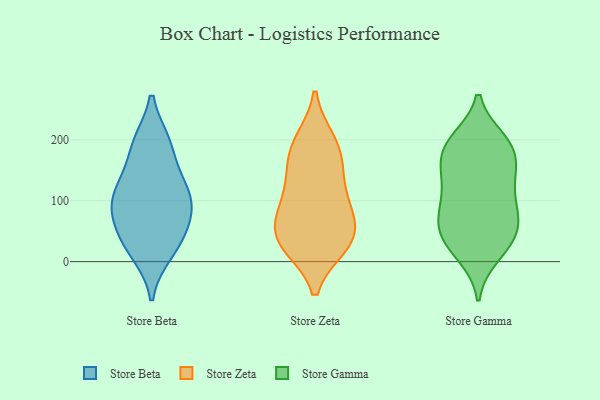
{"axis": {"x": "Net Income (USD K)", "y": "Value"}, "legend": ["Store Beta", "Store Gamma", "Store Zeta"], "data": [{"x": "", "y": 83, "type": "Store Beta"}, {"x": "", "y": 15, "type": "Store Beta"}, {"x": "", "y": 193, "type": "Store Beta"}, {"x": "", "y": 102, "type": "Store Beta"}, {"x": "", "y": 84, "type": "Store Beta"}, {"x": "", "y": 30, "type": "Store Beta"}, {"x": "", "y": 125, "type": "Store Beta"}, {"x": "", "y": 130, "type": "Store Beta"}, {"x": "", "y": 194, "type": "Store Beta"}, {"x": "", "y": 51, "type": "Store Beta"}, {"x": "", "y": 73, "type": "Store Zeta"}, {"x": "", "y": 26, "type": "Store Zeta"}, {"x": "", "y": 174, "type": "Store Zeta"}, {"x": "", "y": 91, "type": "Store Zeta"}, {"x": "", "y": 197, "type": "Store Zeta"}, {"x": "", "y": 138, "type": "Store Zeta"}, {"x": "", "y": 33, "type": "Store Zeta"}, {"x": "", "y": 109, "type": "Store Zeta"}, {"x": "", "y": 76, "type": "Store Zeta"}, {"x": "", "y": 26, "type": "Store Zeta"}, {"x": "", "y": 156, "type": "Store Zeta"}, {"x": "", "y": 30, "type": "Store Zeta"}, {"x": "", "y": 199, "type": "Store Zeta"}, {"x": "", "y": 50, "type": "Store Zeta"}, {"x": "", "y": 109, "type": "Store Gamma"}, {"x": "", "y": 194, "type": "Store Gamma"}, {"x": "", "y": 137, "type": "Store Gamma"}, {"x": "", "y": 23, "type": "Store Gamma"}, {"x": "", "y": 84, "type": "Store Gamma"}, {"x": "", "y": 104, "type": "Store Gamma"}, {"x": "", "y": 199, "type": "Store Gamma"}, {"x": "", "y": 139, "type": "Store Gamma"}, {"x": "", "y": 69, "type": "Store Gamma"}, {"x": "", "y": 189, "type": "Store Gamma"}, {"x": "", "y": 47, "type": "Store Gamma"}, {"x": "", "y": 48, "type": "Store Gamma"}, {"x": "", "y": 65, "type": "Store Gamma"}, {"x": "", "y": 167, "type": "Store Gamma"}, {"x": "", "y": 11, "type": "Store Gamma"}, {"x": "", "y": 146, "type": "Store Gamma"}, {"x": "", "y": 175, "type": "Store Gamma"}, {"x": "", "y": 197, "type": "Store Gamma"}, {"x": "", "y": 23, "type": "Store Gamma"}, {"x": "", "y": 66, "type": "Store Gamma"}]}